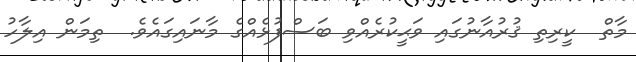
މާތް  ކީރިތި ޤުރުއާނުގައި ވަޙީކުރެއްވި ބަސްފުޅެއްގެ މާނައިގައެވެ.  ތިމަން އިލާހު